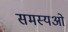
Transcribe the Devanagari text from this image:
समस्यओ